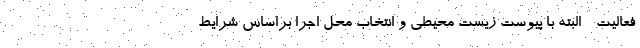
فعالیت - البته با پیوست زیست محیطی و انتخاب محل اجرا براساس شرایط